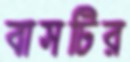
বাসটির